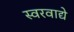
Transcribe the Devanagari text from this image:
स्वरवाद्ये